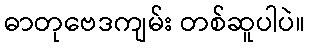
ဓာတုဗေဒကျမ်း တစ်ဆူပါပဲ။